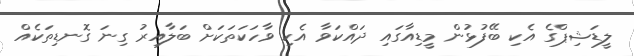
ލީޑަޝިޕްގެ އެކި ބޭފުޅުން މީޑިއާގައި ދައްކަވާ އެކި ވާހަކަތަކަށް ބަލާއިރު ގިނަ ގޮނޑިތަކެއް